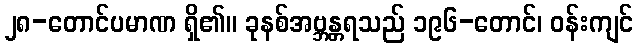
၂၈-တောင်ပမာဏ ရှိ၏။ ခုနစ်အဗ္ဘန္တရသည် ၁၉၆-တောင်၊ ဝန်းကျင်